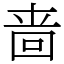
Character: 啬